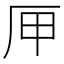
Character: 㕅